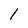
Character: l